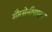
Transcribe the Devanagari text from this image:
शौरसेनीपासून